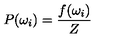
P ( \omega _ { i } ) = \frac { f ( \omega _ { i } ) } { Z }